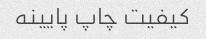
کیفیت چاپ پایینه